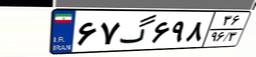
۶۷گ۶۹۸۳۶